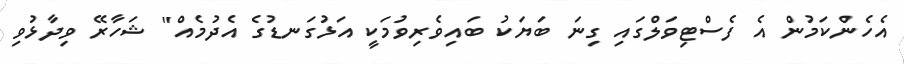
އެހެންކަމުން އެ ފެސްޓިވަލްގައި ގިނަ ބަޔަކު ބައިވެރިވުމަކީ އަޅުގަނޑުގެ އެދުމެއް" ޝަހާރޭ ވިދާޅުވި